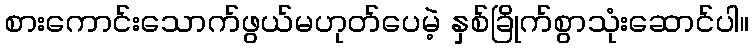
စားကောင်းသောက်ဖွယ်မဟုတ်ပေမဲ့ နှစ်ခြိုက်စွာသုံးဆောင်ပါ။